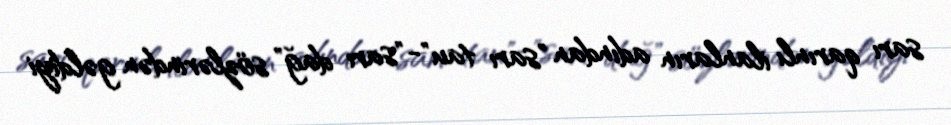
sarı qarınlı ilanların adından "sarı tau"-"sarı dağ" sözlərindən gəldiyi